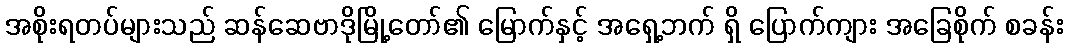
အစိုးရတပ်များသည် ဆန်ဆေဗာဒိုမြို့တော်၏ မြောက်နှင့် အရှေ့ဘက် ရှိ ပြောက်ကျား အခြေစိုက် စခန်း